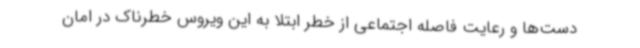
دست‌ها و رعایت فاصله اجتماعی از خطر ابتلا به این ویروس خطرناک در امان